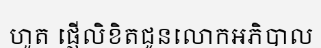
ហួត ផ្ញើលិខិតជូនលោកអភិបាល